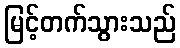
မြင့်တက်သွားသည်